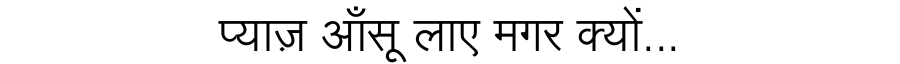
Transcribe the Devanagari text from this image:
प्याज़ आँसू लाए मगर क्यों...